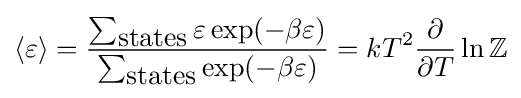
\langle \varepsilon \rangle ={\frac {\sum _{\mbox{states}}\varepsilon \exp(-\beta \varepsilon )}{\sum _{\mbox{states}}\exp(-\beta \varepsilon )}}=kT^{2}{\frac {\partial }{\partial T}}\ln \mathbb {Z}